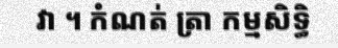
វា ។ កំណត់ ត្រា កម្មសិទ្ធិ